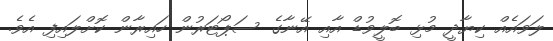
ލަވައެއް ކިޔާދީ މުޅި ބޮލީވުޑް އާއި އޭނާގެ ސަޕޯޓަރުން ހައިރާން ކޮށްލައިފި އެވެ.